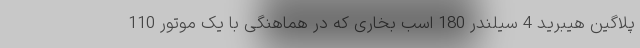
پلاگین هیبرید 4 سیلندر 180 اسب بخاری که در هماهنگی با یک موتور 110